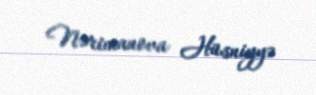
Nərimanova Hüsniyyə